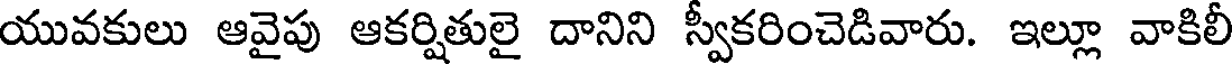
యువకులు ఆవైపు ఆకర్షితులై దానిని స్వీకరించెడివారు. ఇల్లూ వాకిలీ